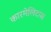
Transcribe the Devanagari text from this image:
कारमेलिटास